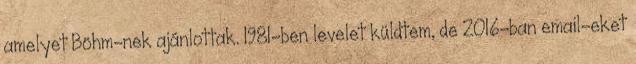
amelyet Böhm-nek ajánlottak. 1981-ben levelet küldtem, de 2016-ban email-eket